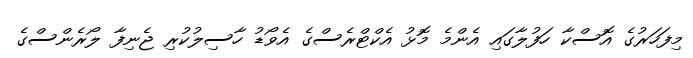
މިފަހަރުގެ އޮސްކާ ހަފުލާގައި އެންމެ މޮޅު އެކްޓްރެސްގެ އެވޯޑު ހާސިލުކުރި ޖެނިފާ ލޯރެންސްގެ